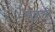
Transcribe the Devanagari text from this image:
सुइनी